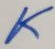
Text: K